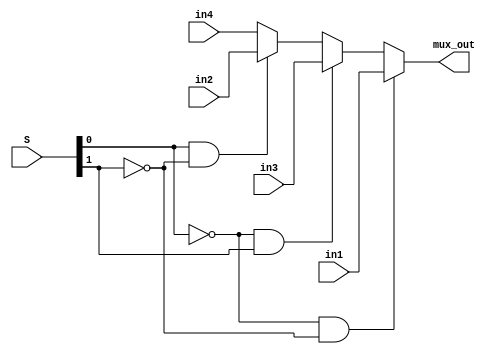
module mux4to1(in1,in2,in3,in4,S,mux_out);
  
  parameter size =4;
  input [size-1:0] in1,in2,in3,in4;
  input [1:0] S;
  output [size-1:0]mux_out;
  reg [size-1:0] mux_out;
  
  always@(in1,in2,in3,in4,S)
  begin
    if(S[0]==0 && S[1]==0)
      begin
        mux_out=in1;
      end
    else if(S[0]==0 && S[1]==1)
      begin
        mux_out=in3;
      end
    else if(S[0]==1 && S[1]==0)
      begin
        mux_out=in2;
      end
    else
      begin
        mux_out=in4;
      end
    end
  endmodule